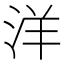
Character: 洋